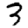
Digit: 3